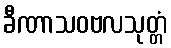
ခီဏာသဝဗလသုတ္တံ